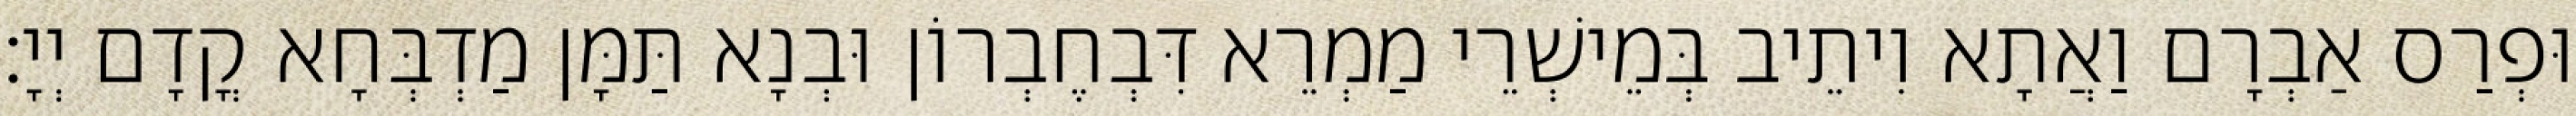
וּפְרַס אַבְרָם וַאֲתָא וִיתֵיב בְּמֵישְׁרֵי מַמְרֵא דִּבְחֶבְרוֹן וּבְנָא תַּמָּן מַדְבְּחָא קֳדָם יְיָ׃